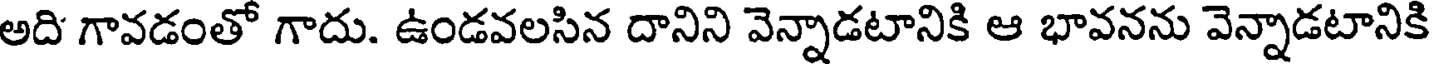
అది గావడంతో గాదు. ఉండవలసిన దానిని వెన్నాడటానికి ఆ భావనను వెన్నాడటానికి